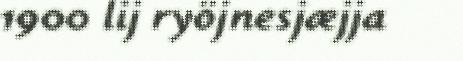
1900 lij ryöjnesjæjja